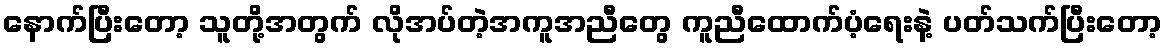
နောက်ပြီးတော့ သူတို့အတွက် လိုအပ်တဲ့အကူအညီတွေ ကူညီထောက်ပံ့ရေးနဲ့ ပတ်သက်ပြီးတော့